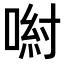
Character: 𠷵